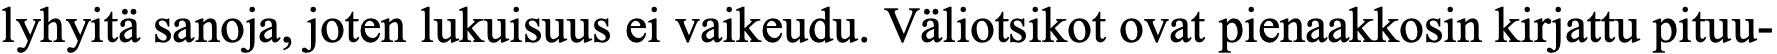
lyhyitä sanoja, joten lukuisuus ei vaikeudu. Väliotsikot ovat pienaakkosin kirjattu pituu-